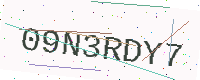
Text: 09N3RDY7